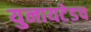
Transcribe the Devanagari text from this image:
युनायटेडच